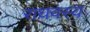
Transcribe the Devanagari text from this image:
राघवस्य